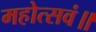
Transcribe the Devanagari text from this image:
महोत्सवं॥